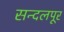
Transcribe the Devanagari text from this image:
सन्दलपूर